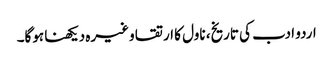
اردو ادب کی تاریخ، ناول کا ارتقا وغیرہ دیکھنا ہوگا۔